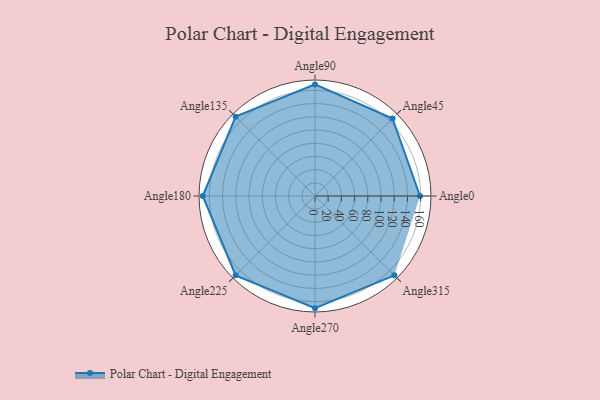
{"axis": {"x": "Angle", "y": "Radius"}, "legend": [""], "data": [{"x": "Angle0", "y": 159.0, "type": ""}, {"x": "Angle45", "y": 166.0, "type": ""}, {"x": "Angle90", "y": 169.0, "type": ""}, {"x": "Angle135", "y": 170, "type": ""}, {"x": "Angle180", "y": 170, "type": ""}, {"x": "Angle225", "y": 170, "type": ""}, {"x": "Angle270", "y": 170.0, "type": ""}, {"x": "Angle315", "y": 170, "type": ""}]}